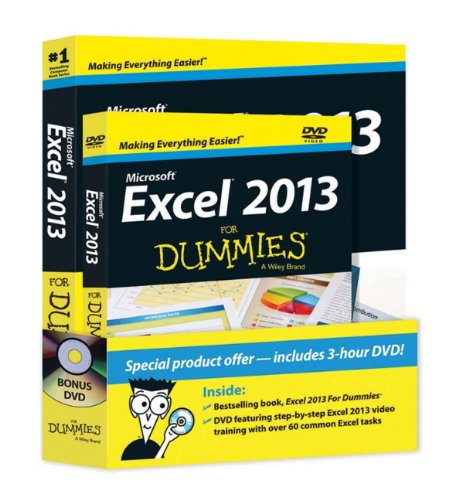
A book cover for Excel 2013 For Dummies, Book + DVD Bundle; Greg Harvey; Computers & Technology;